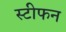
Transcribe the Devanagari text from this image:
स्‍टीफन